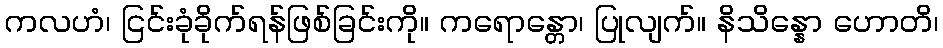
ကလဟံ၊ ငြင်းခုံခိုက်ရန်ဖြစ်ခြင်းကို။ ကရောန္တော၊ ပြုလျက်။ နိသိန္နော ဟောတိ၊